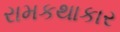
રામકથાકાર